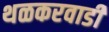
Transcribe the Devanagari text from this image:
थळकरवाडी